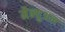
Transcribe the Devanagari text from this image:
मैन्‍युअल